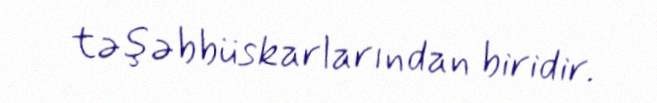
təşəbbüskarlarından biridir.